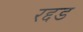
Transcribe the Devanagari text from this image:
रद्दड